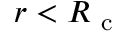
r < { R _ { \mathrm { ~ c ~ } } }